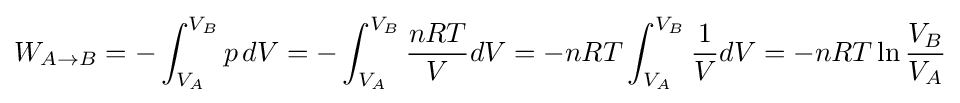
W_{A\to B}=-\int _{V_{A}}^{V_{B}}p\,dV=-\int _{V_{A}}^{V_{B}}{\frac {nRT}{V}}dV=-nRT\int _{V_{A}}^{V_{B}}{\frac {1}{V}}dV=-nRT\ln {\frac {V_{B}}{V_{A}}}